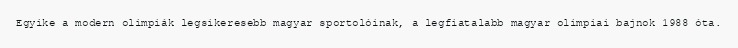
Egyike a modern olimpiák legsikeresebb magyar sportolóinak, a legfiatalabb magyar olimpiai bajnok 1988 óta.